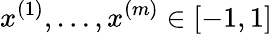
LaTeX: x^{(1)},\ldots,x^{(m)}\in[-1,1]